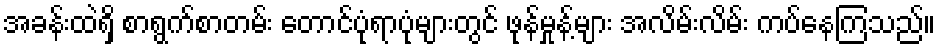
အခန်းထဲရှိ စာရွက်စာတမ်း တောင်ပုံရာပုံများတွင် ဖုန်မှုန့်များ အလိမ်းလိမ်း ကပ်နေကြသည်။